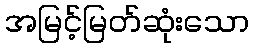
အမြင့်မြတ်ဆုံးသော